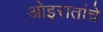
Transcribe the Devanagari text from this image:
ओइरातांचे